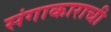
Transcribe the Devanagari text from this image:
संगाकाराची